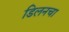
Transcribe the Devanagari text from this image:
डिलनचा